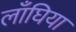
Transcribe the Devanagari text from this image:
लाँघिया